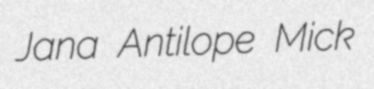
Jana Antilope Mick